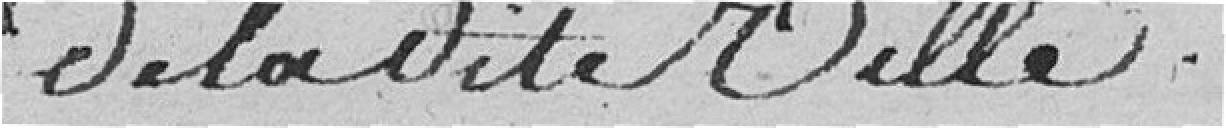
de la dite ville.